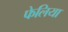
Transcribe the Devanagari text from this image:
फेलिया